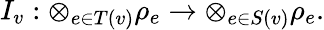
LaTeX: I_{v}:\otimes_{e\in T(v)}\rho_{e}\to\otimes_{e\in S(v)}\rho_{e}.